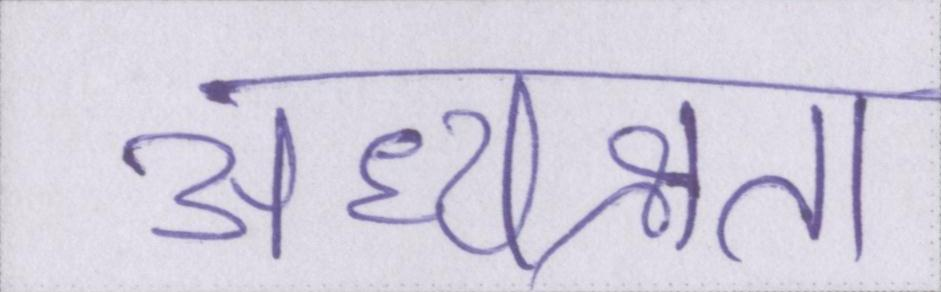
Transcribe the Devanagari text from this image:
अध्यक्षता